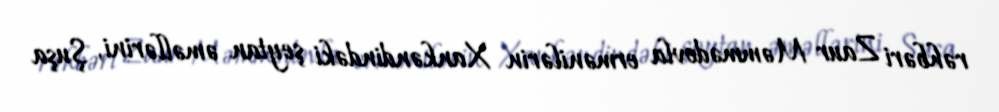
rəhbəri Zaur Məmmədovla ermənilərin Xankəndindəki şeytan əməllərini, Şuşa